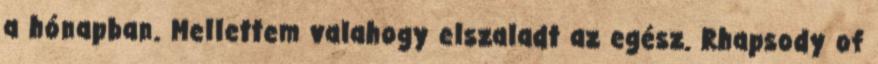
a hónapban. Mellettem valahogy elszaladt az egész. Rhapsody of